342_HS1-416511228_319.1 Flying Discs 1949
Agency: Department of War
Incident date: 1/9/50
Page 105
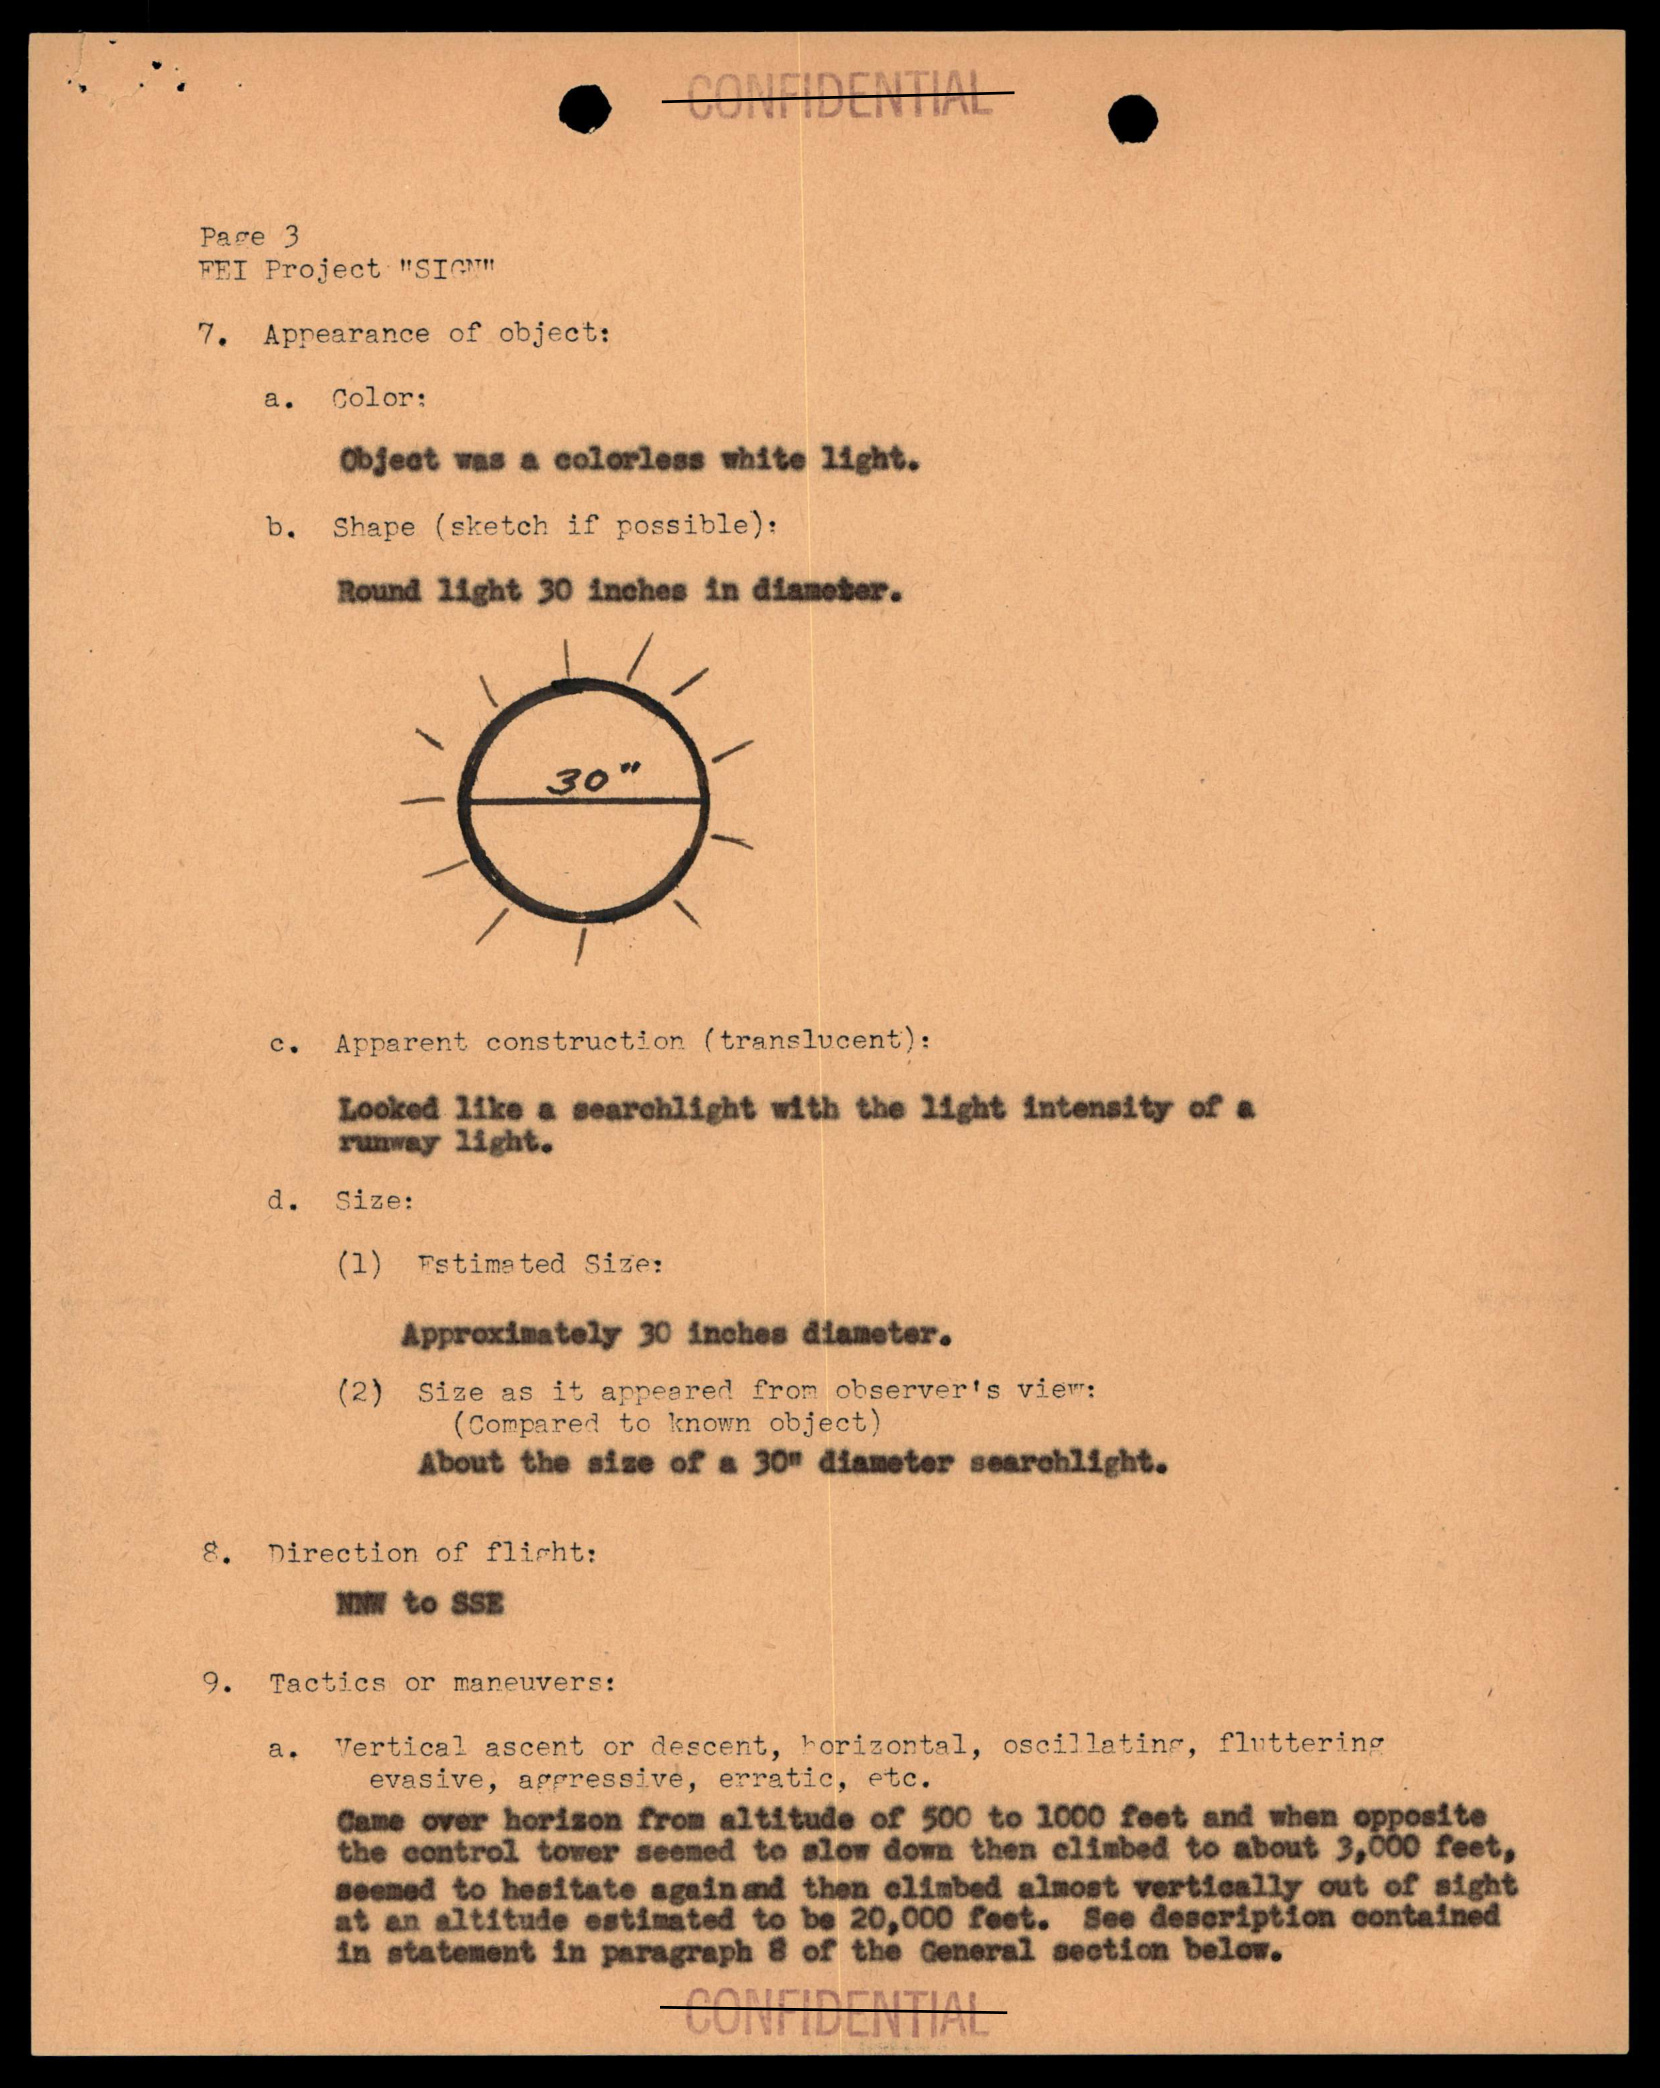